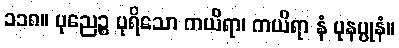
၁၁၈။ ပုညေဉ္စ ပုရိသော ကယိရာ၊ ကယိရာ နံ ပုနပ္ပုနံ။